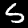
Label: 5